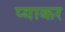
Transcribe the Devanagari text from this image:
प्याकर